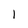
Character: l